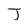
Character: J